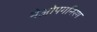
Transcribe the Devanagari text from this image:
नेओपगनिस्म